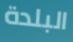
البلدة